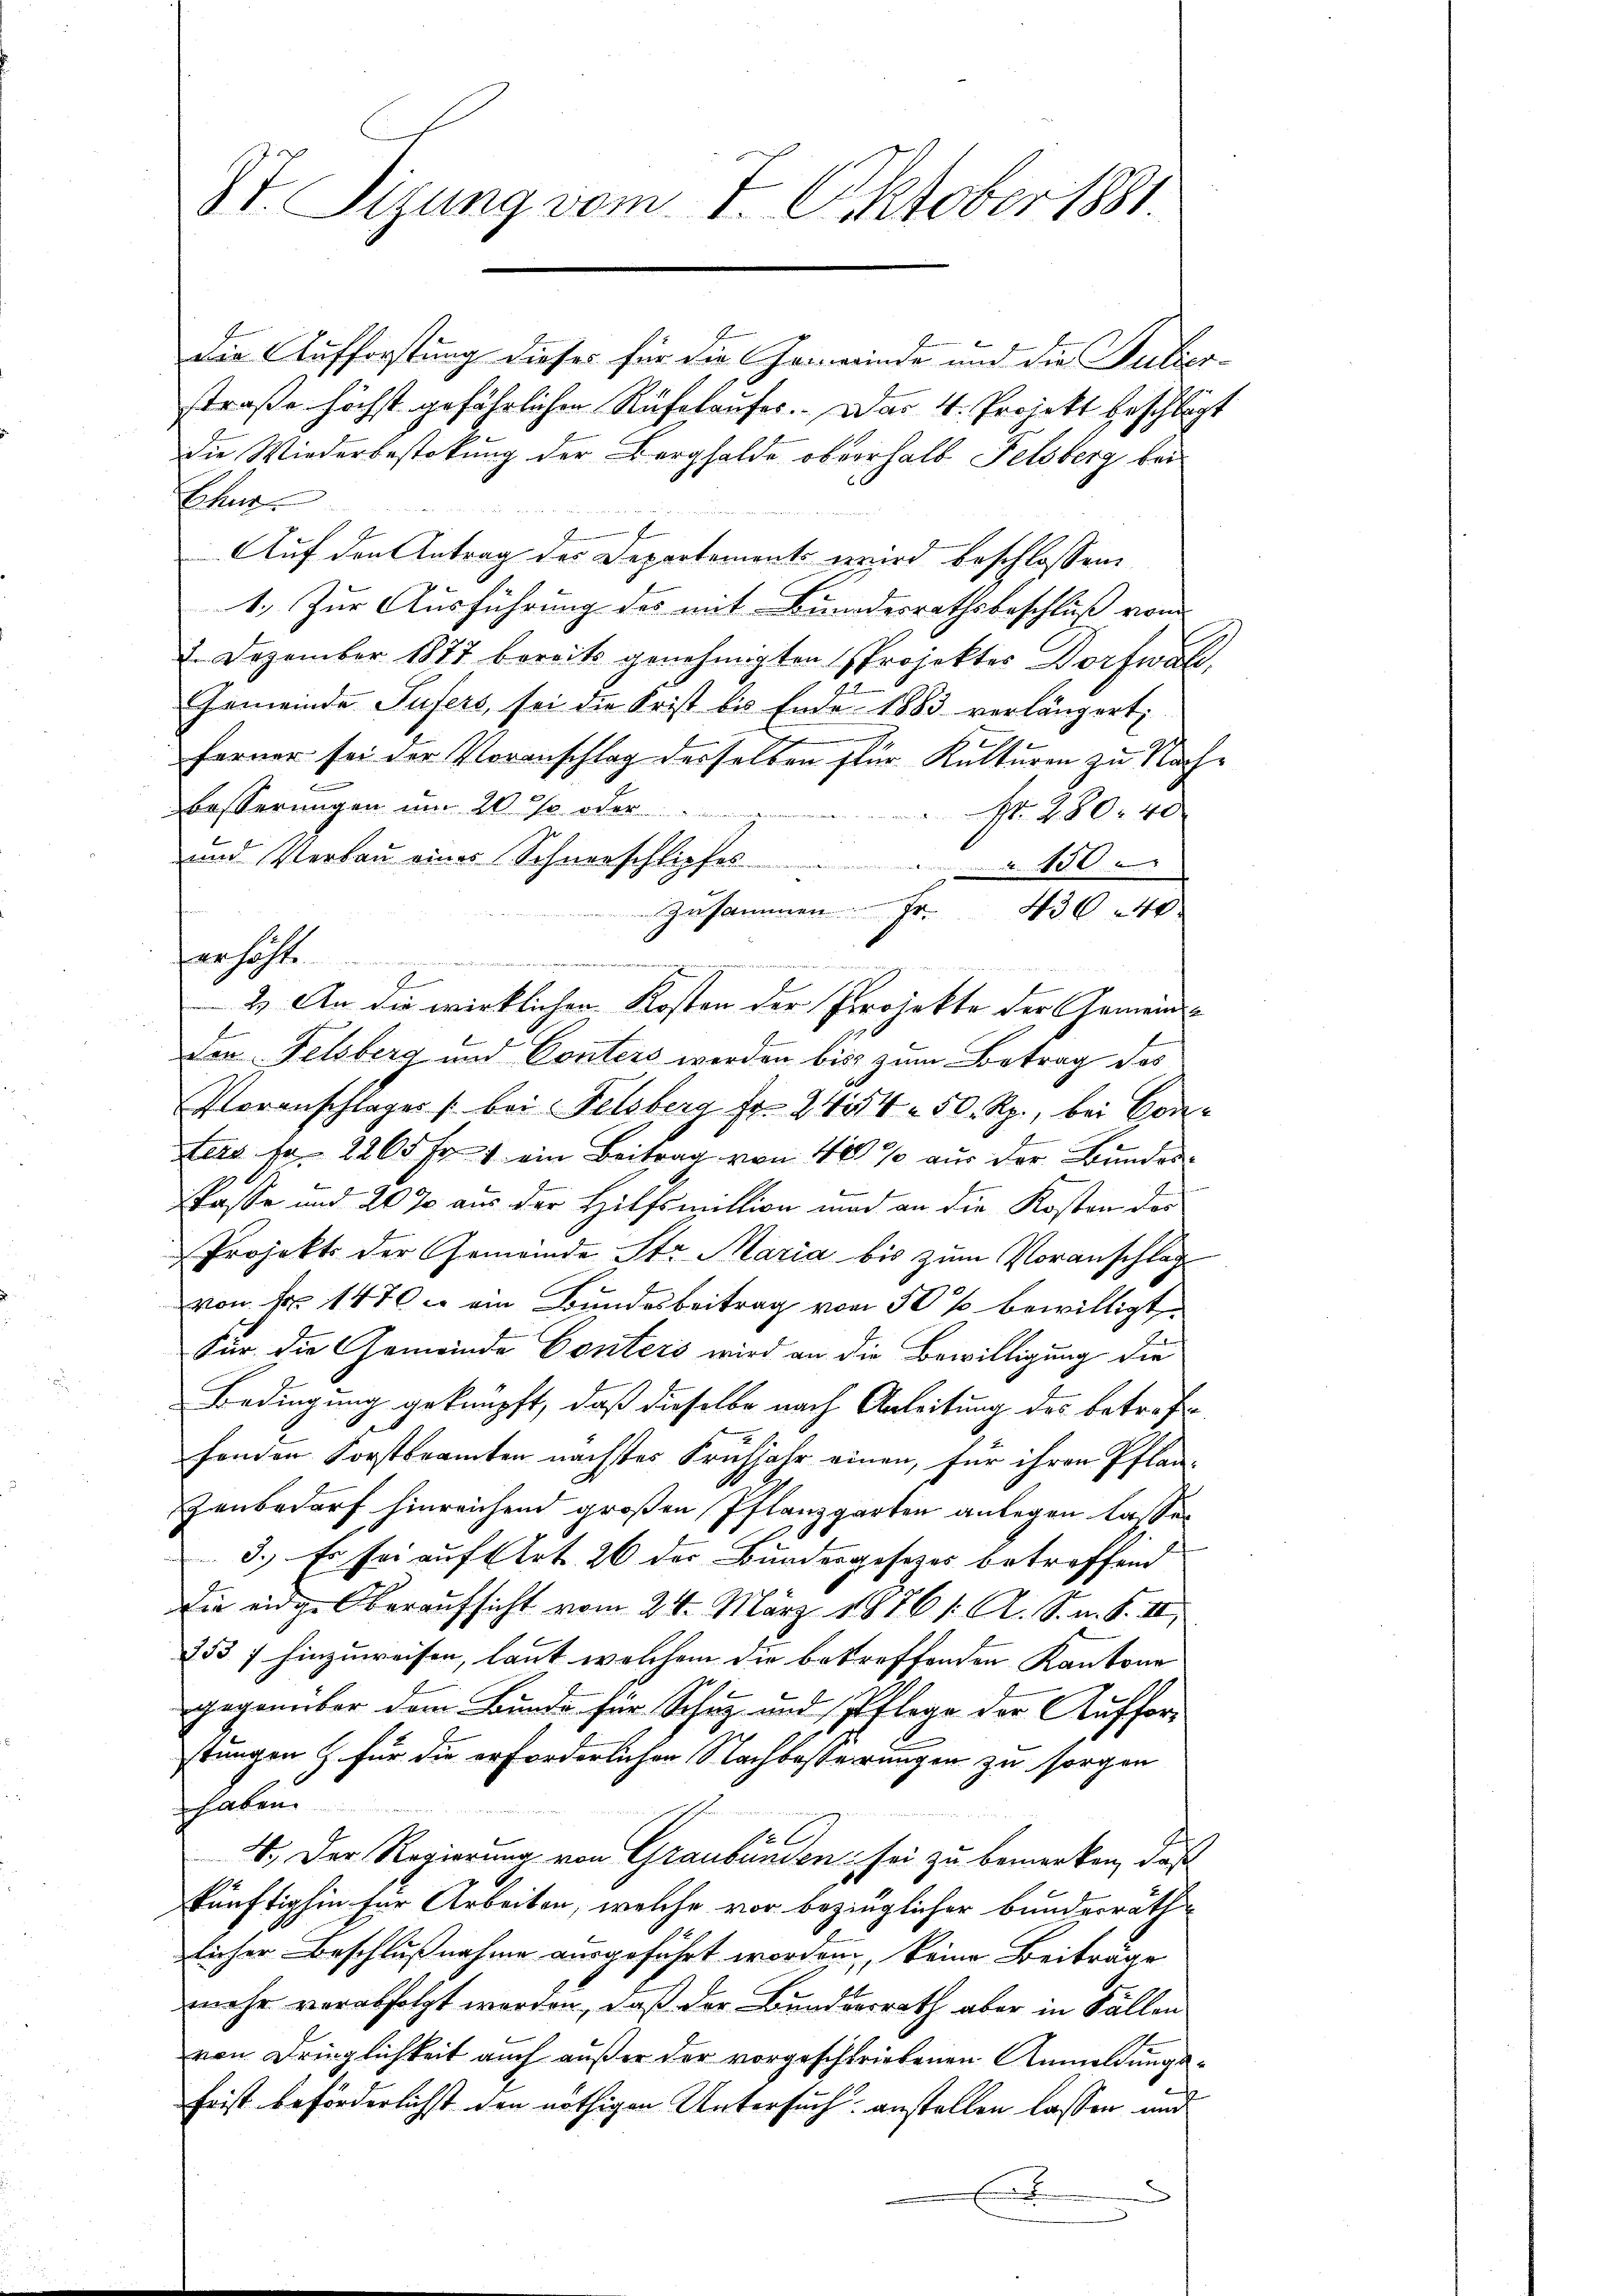
St. Sizung vom 7. Oktober 1881

Die Aufforstung dieses für die Gemeinde und die Subzostraße höchst gefährlichen Rufelaufes. Das 4. Projekt beschlägt
die Wiederbestekung der Berghalde oberhalb Felsberg bei
Echur
x
Auf den Antrag des Departements wird beschlossen,
1.) Zur Ausführung des mit Bundesrathsbeschluß vom
2. Dezember 1877 bereits genehmigten Projekter Dorfwak,
Gemeinde Tufers, sei die Frist bis Ende 1883 verlängert,
ferner sei der Voranschlag derselben für Kulturen zu Nach¬
Besserungen um 20 % oder
Nr. 280. 40
und Verbaŭ eines Schneeschliefes . . 150
erhöht.
d
f
2.) An die wirklichen Kosten der Projekte der Gemeindden Felsberg und Conters werden bis zum Betrag des
Voranschlages bei Felsberg Fr. 244 n 50 Rp., bei Conters pr 2265 Fr. 1 ein Beitrag von 40% aus der Bundesd
skasse und 20 % aus der Hilfsmittion und an die Kosten der
Projekt der Gemeinde Str. Maria bis zum Voranschlag
von Fr. 1470 c ein Bundesbeitrag von 50 % bewilligt.
Für die Gemeinde Conters wird an die Bewilligung die
Bedingung geknüpft, daß dieselbe nach Anleitung des betref
fenden Forstbeamten nächstes Frühjahr einen, für ihren Pflan-
Zunbedarf hinreichend großen Pflanzgarten anlegen lassen
3.) Er sei aufstet 26 der Bundesgesetzes betreffend
Die eidge Oberaufsicht vom 24. März 1876 /: A. S. n. F. II.
253 f hinzuweisen, laut welchem die betreffenden Kantone
gegenüber dem Bunde für Schuz und Pflege der Aufforstungen & für die erforderlichen Nachbesserungen zu sorgen
s haben.

4. Der Regierung von Graubünden sei zu bemerken, daß
künftighin für Arbeiten, welche vor bezüglicher Bundesrath
licher Beschlußnahme ausgeführt worden, keine Beiträge
mehr verabfolgt worden, daß der Bunderrath aber in Fällen
von Dringlichkeit auch außer der vorgeschriebenen Anmeldungshrist beförderlichst den nöthigen Untersuch anstellen lassen und
x

Zusammen Fr. 436 40